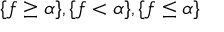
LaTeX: \{ f \geq \alpha \} , \{ f < \alpha \} , \{ f \leq \alpha \}